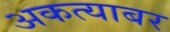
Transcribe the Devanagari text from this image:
अकत्याबर